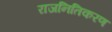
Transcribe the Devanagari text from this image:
राजनितिकरण